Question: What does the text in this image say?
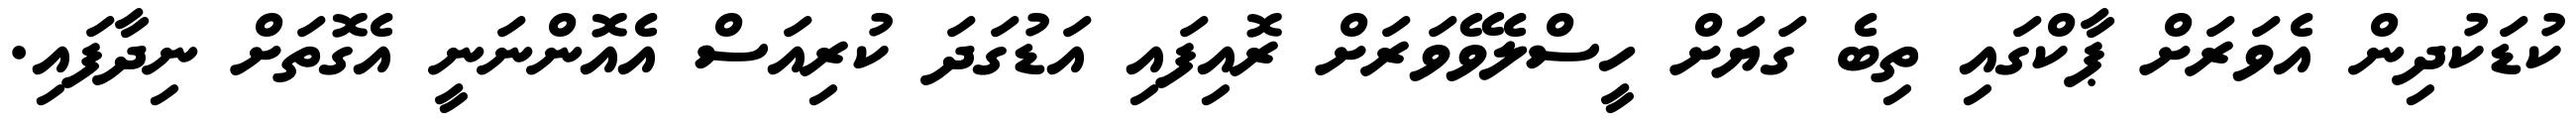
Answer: ކުޑަކުދިން އެވަރަށް ޕާކްގައި ތިބެ ގަޔަށް ހީސްލެވޭވަރަށް ރޮއިފައި އަޑުގަދަ ކުރިއަސް އެއޮންނަނީ އެގޮތަށް ނިދާފައި.